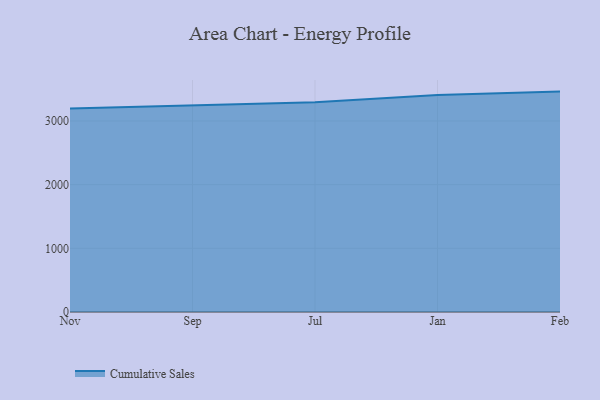
{"axis": {"x": "Month", "y": "Active Users"}, "legend": ["Cumulative Sales"], "data": [{"x": "Nov", "y": 3196.6, "type": "Cumulative Sales"}, {"x": "Sep", "y": 3242.2, "type": "Cumulative Sales"}, {"x": "Jul", "y": 3293.3, "type": "Cumulative Sales"}, {"x": "Jan", "y": 3406.4, "type": "Cumulative Sales"}, {"x": "Feb", "y": 3461.3, "type": "Cumulative Sales"}]}